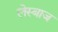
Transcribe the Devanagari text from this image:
लेस्बाज